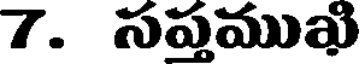
7. సప్తముఖి